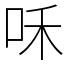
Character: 咊